Bréfritari: Stefanía Siggeirsdóttir
Viðtakandi: Páll Pálsson
Dagsetning: A-1869-10-06
Skrifað á: Hraungerði  Árn.
Stefanía var bróðurdóttir Páls Pálssonar

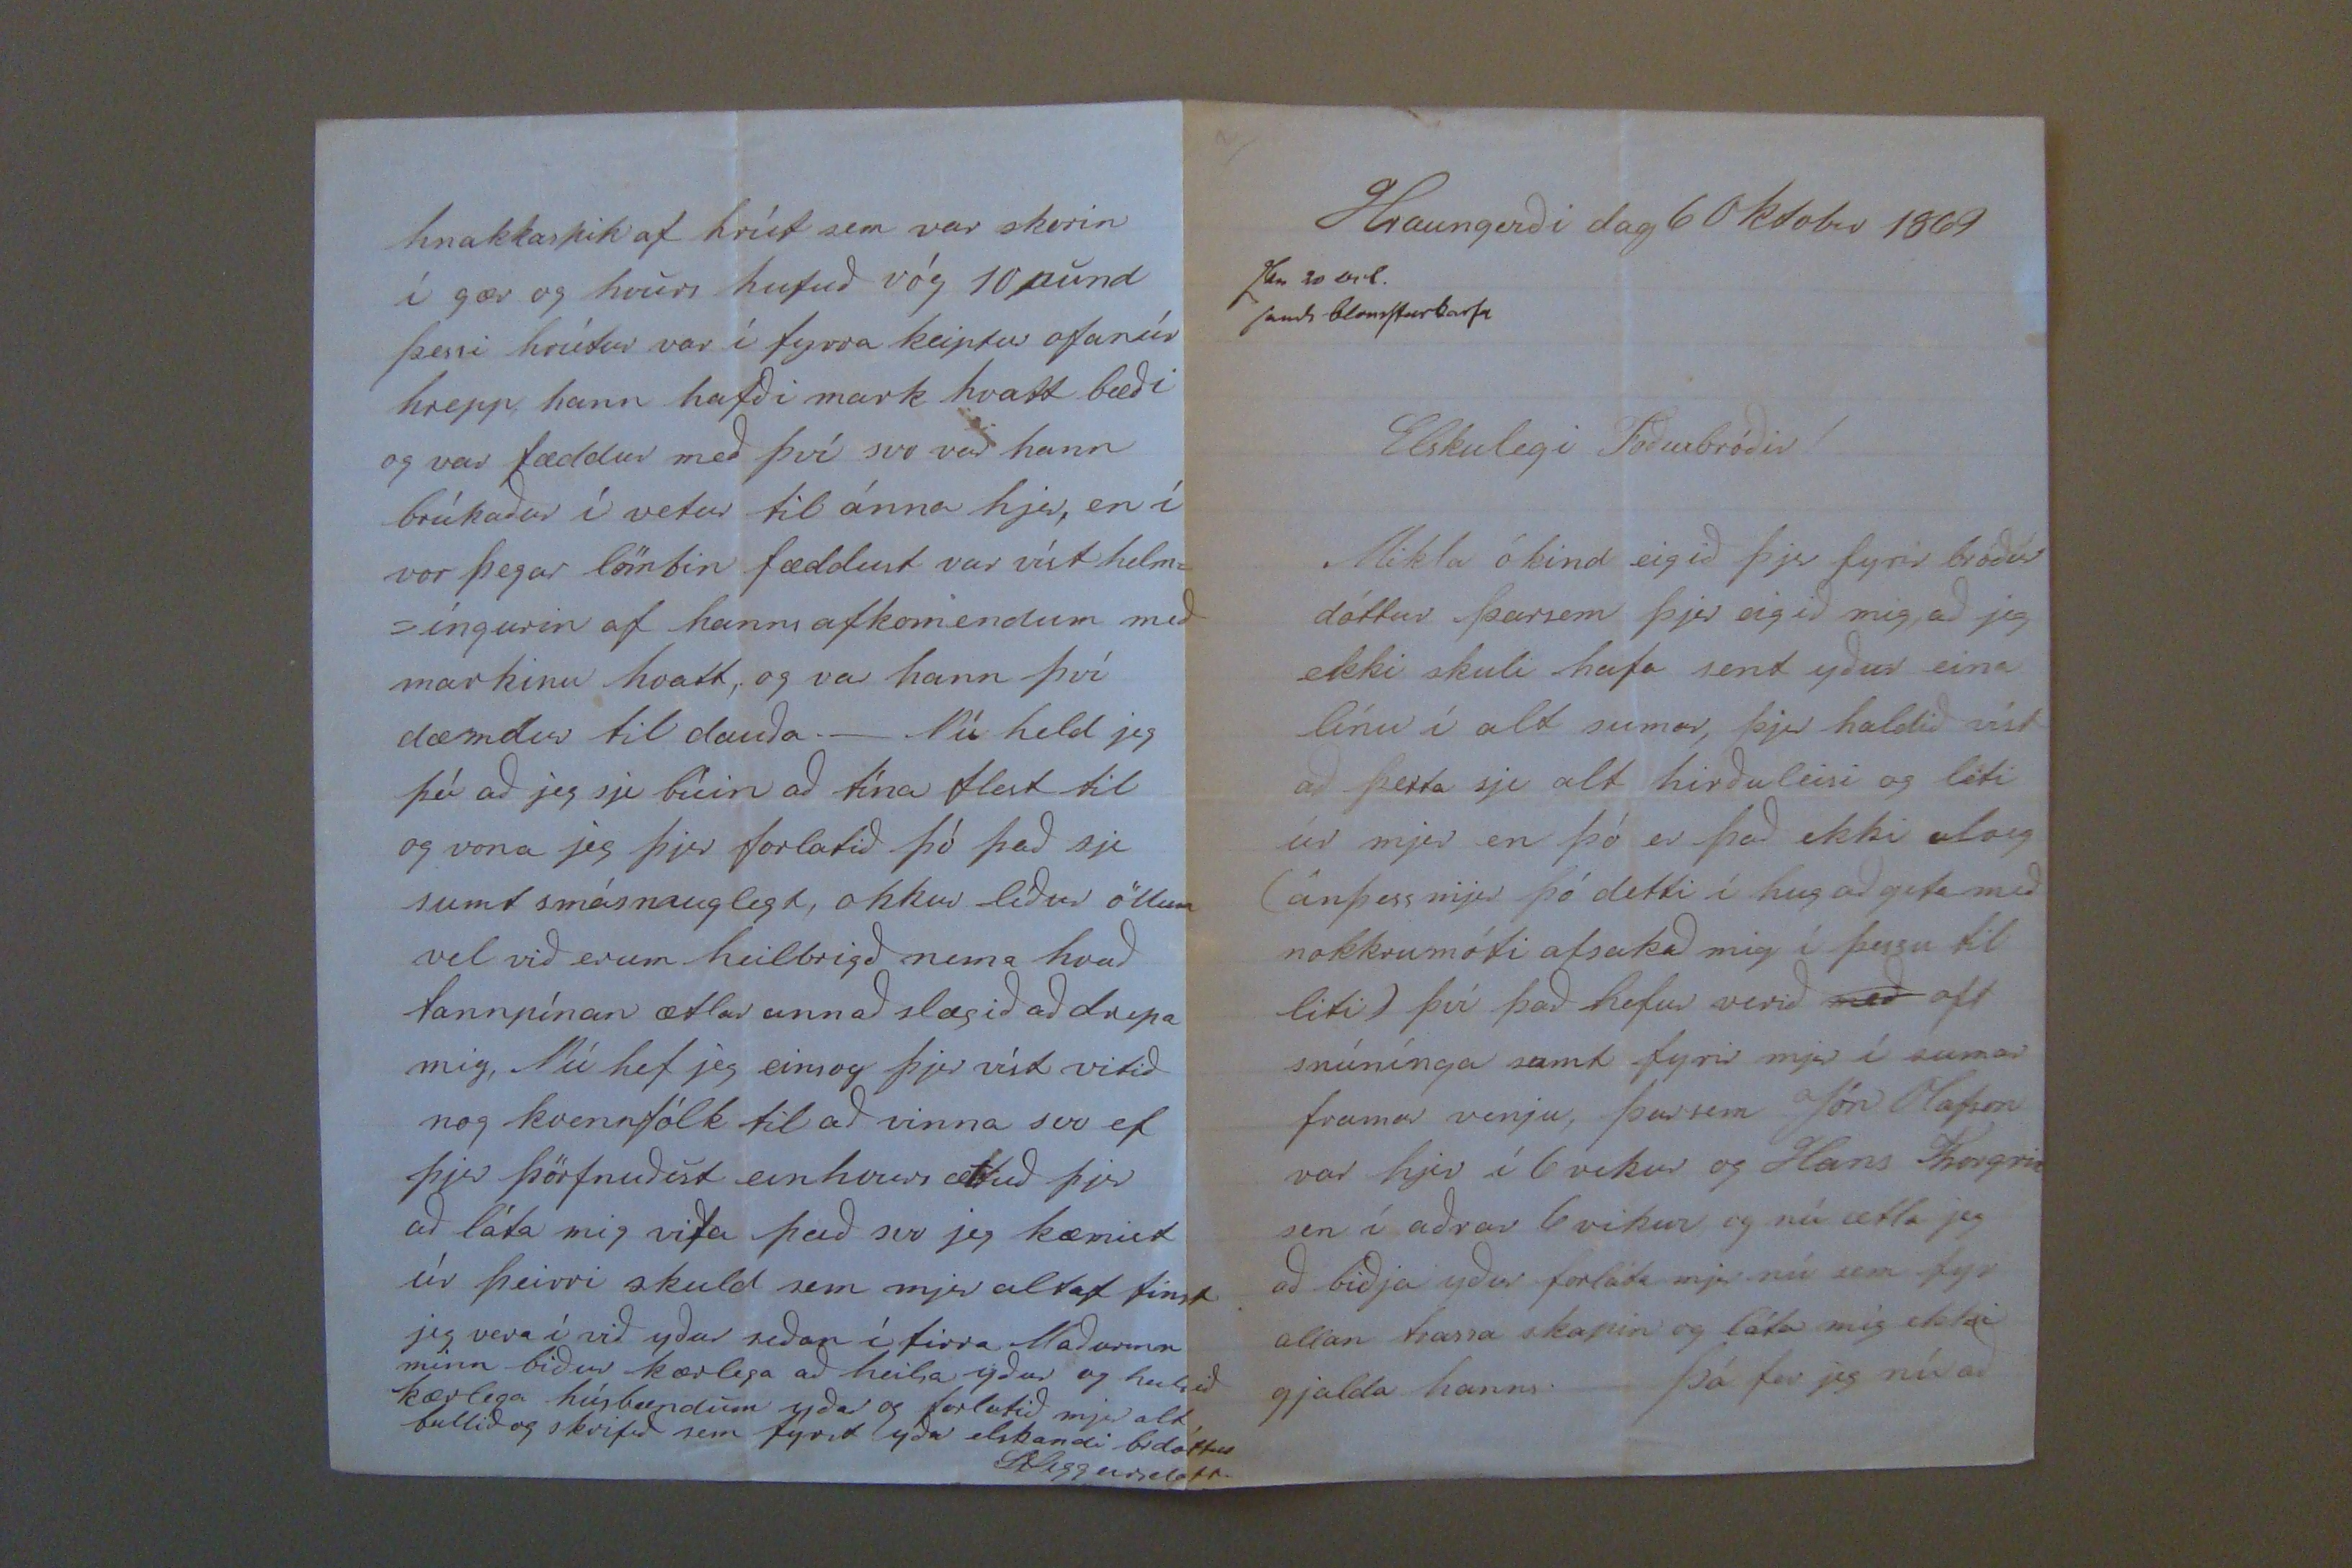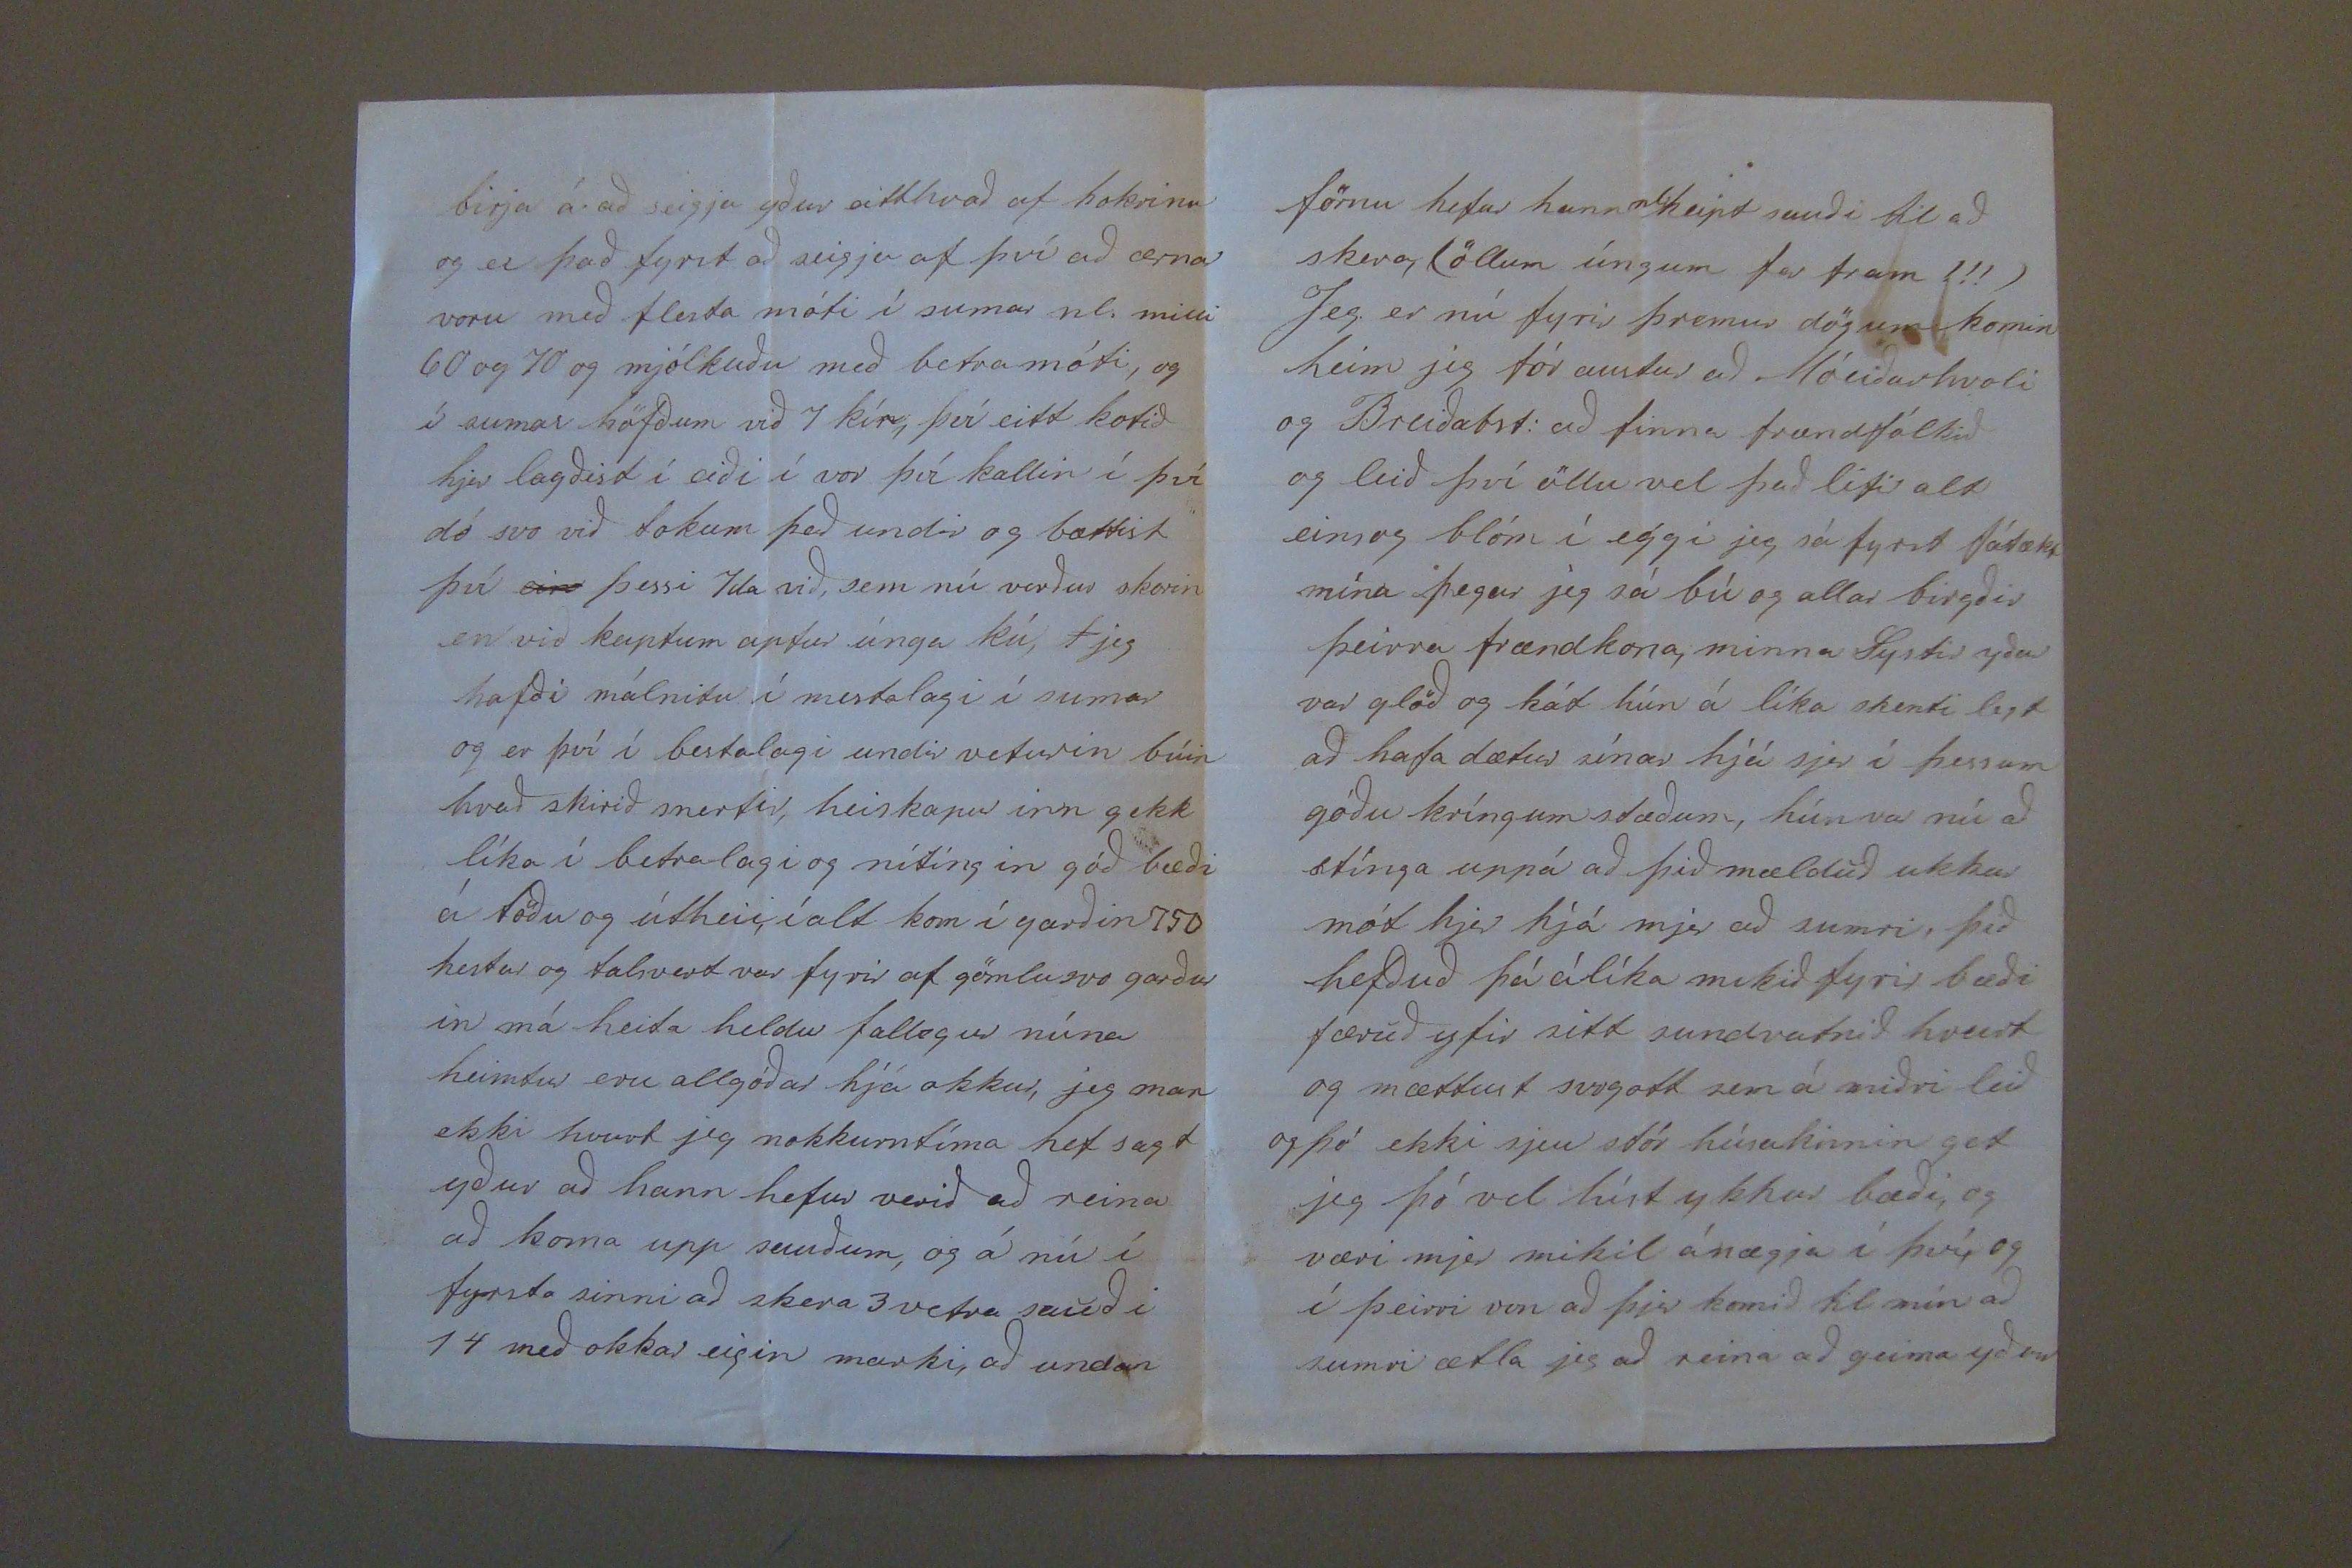

Hraungerði dag 6 Oktober 1869
S
v 20 Oct. sent blonsturkarfa
Elskulegi Föðurbóðir!
Mikla ókind eigið þjer fyrir bróður dóttur þarsem þjer eigið mig að jeg ekki skuli hafa sent yður eina línu í alt sumar, þjer haldið víst að þetta sje alt hirðuleisi og leti úr mjer en þó er það ekki alveg (án þess mjer þó detti í hug að geta með nokkrumóti afsakað mig í þessu til liti) því það hefur verið
með
oft snúnínga samt fyrir mjer í sumar framar venju, þarsem Jón Olafson var hjer í 6 vikur og Hans Thorgrím sen í aðrar 6 vikur og nú ætla jeg að biðja yður forláta mjer nú sem fyr allan trassa skapin og láta mig ekki gjalda hanns._ Þá fer jeg nú að
birja á að seigja yður eitthvað af hokrinu og er það fyrst að seigja af því að ærnar voru með flesta móti í sumar nl. milli 60 og 70 og mjólkuðu með betra móti, og í sumar höfðum við 7 kír; því eitt kotið hjer lagðist í eiði í vor því kallin í því dó svo við tokum það undir og bættist því
eirn
þessi tala 7da við, sem nú verður skorin en við keiptum aptur únga kú,
F
jeg hafði málnitu í mestalagi í sumar og er því í bestalagi undir veturin búin hvað skirið snertir, heiskapur inn gekk líka í betra lagi og nítingin góð bæði á töðu og útheii, í alt kom í garðin
150
hestar og talsvert var fyrir af gömlu svo garður in má heita heldur fallegur núna heimtur eru allgóðar hjá okkur, jeg man ekki hvurt jeg nokkurntíma hef sagt yður að hann hefur verið að reina að koma upp sauðum, og á nú í fyrsta sinni að skera 3 vetra sauð i 14 með okkar eigin marki, að undan
förnu hefur hann nl: keipt sauði til að skera, (öllum úngum fer fram!!!) Jeg er nú fyrir þremur dögum komin heim jeg fór austur að Móeiðarhvoli og Breiðabst: að finna frændfólkið og leið því öllu vel það lifir alt einsog blóm í eggi jeg sá fyrst fátækt mína þegar jeg sjá bú og allar birgðir þeirra frændkona, minna Systir yðar var glöð og kát hún á líka skenti legt að hafa dætur sínar hjá sjer í þessum góðu kríngum stæðum, hún var nú að stínga uppá að þið mælduð ukkur mót hjer hjá mjer að sumri, þið hefðuð þá álíka mikið fyrir bæði færuð yfir sitt sundvatnið hvurt og mættust svogott sem á miðri leið og þó ekki sjeu stór húsakinnin get jeg þó vel híst ykkur bæði, og væri mjer mikil ánægja í því, og í þeirri von að þjer komið til mín að sumri ætla jeg að reina að geima yður
hnakkaspik af hrút sem var skorin í gær og hvurs hufuð vóg 10 pund þessi hrútur var í fyrra keptur ofanúr hrepp hann hafði mark hvatt bæði og var fæddur með því svo var hann brúkaður í vetur til ánna hjer, en í vor þegar lömbin fæddust var víst helm= =íngurin af hanns afkomendum með markinu hvatt, og var hann því dæmdur til dauða._ Nú held jeg þú að jeg sje búin að tína flest til og vona jeg þjer forlatið þó það sje sumt smásmuglegt, okkur líður öllum vel við erum heilbrigð nema hvað tannpínan ætlar annað slægið að drepa mig, Nú hef jeg einsog þjer víst vitið nog kvennfólk til að vinna svo ef þjer þörfnuðust einhvurs ættuð þjer að láta mig vita það svo jeg kæmist úr þeirri skuld sem mjer altaf finst jeg ver í við yður siðan í firra Maðurinn minn biður kærlega að heilsa yður og heilsið kærlega húsbændum yðar og forlatið mjer alt, bullið og skrifið sem fyrst yðar elskandi brdóttir
StSiggeirsdott.